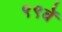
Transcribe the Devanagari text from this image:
९९वें